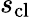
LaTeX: s_{\mathrm{cl}}